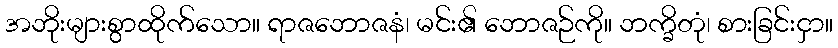
အဘိုးများစွာထိုက်သော။ ရာဇဘောဇနံ၊ မင်း၏ ဘောဇဉ်ကို။ ဘက္ခိတုံ၊ စားခြင်းငှာ။